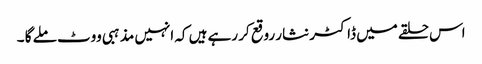
اس حلقے میں ڈاکٹر نثار روقع کر رہے ہیں کہ انہیں مذہبی ووٹ ملے گا ۔